Vaccination in Bombay 1889-1901 - 1889-1901
Year: 1889
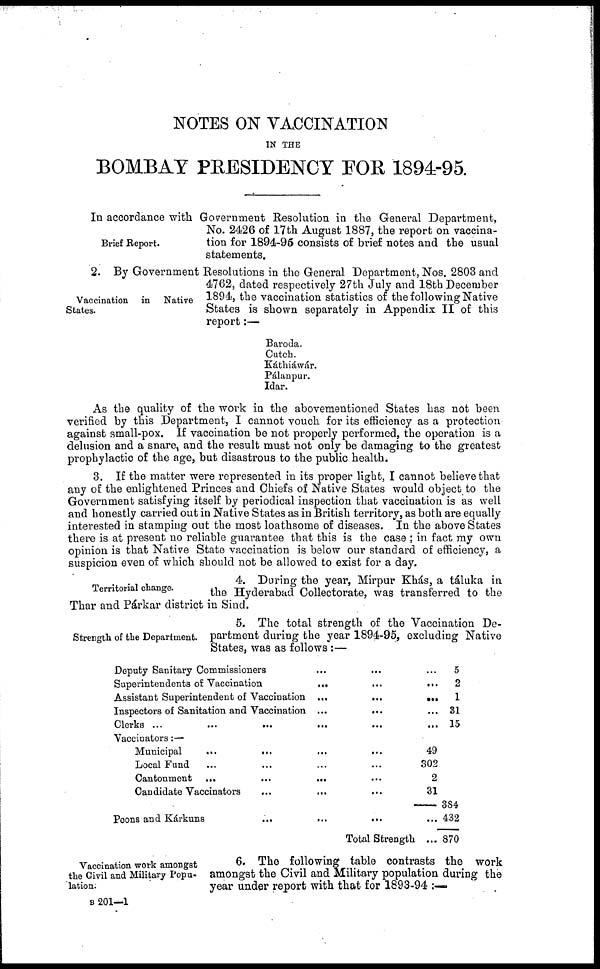
NOTES ON VACCINATION
IN THE
BOMBAY PRESIDENCY FOR 1894-95.
Brief Report.
In accordance with Government Resolution in the General Department,
No. 2426 of 17th August 1887, the report on vaccina-
tion for 1894-95 consists of brief notes and the usual
statements.
Vaccination in Native
States.
2. By Government Resolutions in the General Department, Nos. 2803 and
4762, dated respectively 27th July and 18th December
1894, the vaccination statistics of the following Native
States is shown separately in Appendix II of this
report:—
Baroda.
Cutch.
Káthiáwár.
Pálanpur.
Idar.
As the quality of the work in the abovementioned States has not been
verified by this Department, I cannot vouch for its efficiency as a protection
against small-pox. If vaccination be not properly performed, the operation is a
delusion and a snare, and the result must not only be damaging to the greatest
prophylactic of the age, but disastrous to the public health.
3. If the matter were represented in its proper light, I cannot believe that
any of the enlightened Princes and Chiefs of Native States would object to the
Government satisfying itself by periodical inspection that vaccination is as well
and honestly carried out in Native States as in British territory, as both are equally
interested in stamping out the most loathsome of diseases. In the above States
there is at present no reliable guarantee that this is the case ; in fact my own
opinion is that Native State vaccination is below our standard of efficiency, a
suspicion even of which should not be allowed to exist for a day.
Territorial change.
4. During the year, Mirpur Khás,a táluka in
the Hyderabad Collectorate, was transferred to the
Thar and Párkar district in Sind.
Strength of the Department.
5. The total strength of the Vaccination De-
partment during the year 1894-95, excluding Native
States, was as follows :—
Deputy Sanitary Commissioners
...
...
Superintendents of Vaccination
... ...
Assistant Superintendent of Vaccination ...
...
Inspectors of Sanitation and Vaccination ...
...
Clerks ...
...
...
...
Vaccinators:—
Municipal
...
...
...
...
Local Fund ... ... ... ...
Cantonment ...
...
...
Candidate Vaccinators ... ... ...
Peons and Kárkuns
...
... ...
Total Strength
...
...
...
...
...
49
302
2
31
...
...
5
2
1
31
15
384
432
870
Vaccination work amongst
the Civil and Military Popu-
lation.
6. The following table contrasts the work
amongst the Civil and Military population during the
year under report with that for 1893-94 :—
B 201—1